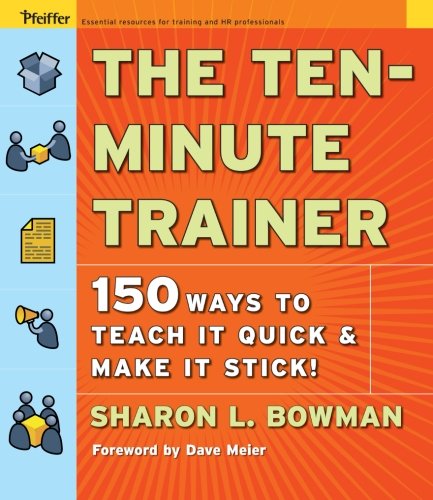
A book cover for The Ten-Minute Trainer: 150 Ways to Teach it Quick and Make it Stick!; Sharon L. Bowman; Business & Money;